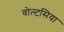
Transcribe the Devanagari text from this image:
वोल्टसिया